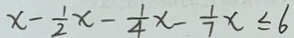
x - \frac { 1 } { 2 } x - \frac { 1 } { 4 } x - \frac { 1 } { 7 } x \leq 6